Annual administration report of the Civil Veterinary Department of India - 1909-1910
Year: 1909
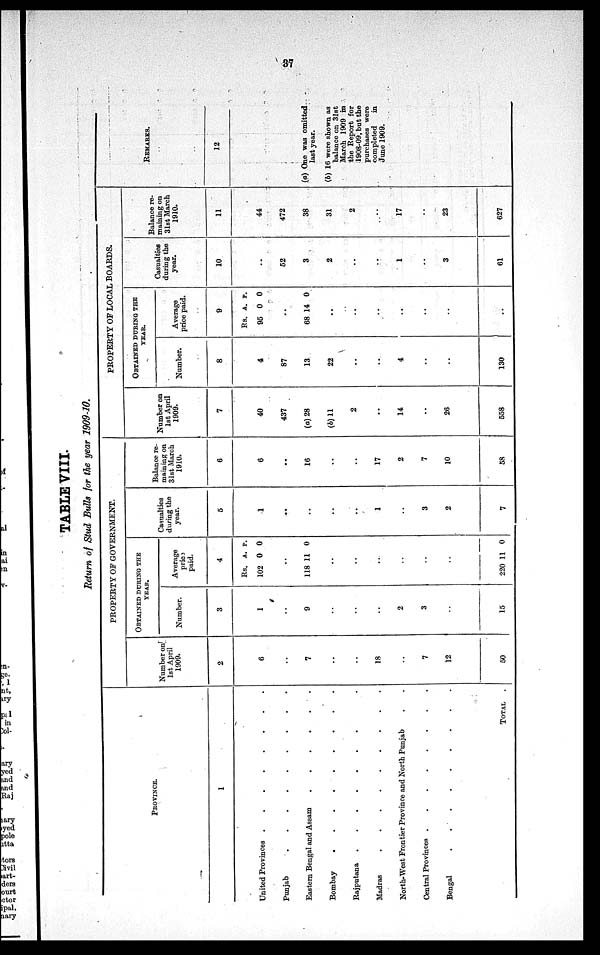
37
TABLE VIII.
Return of Stud Bulls for the year 1909-10.
PROVINCE.
1
United Provinces . . . . . . . .
Punjab . . . . . . . .
Eastern Bengal and Assam
.
.
.
.
.
.
Bombay . . . . . . . .
Rajputana
.
.
.
.
.
.
.
Madras
.
.
.
.
.
.
.
.
.
North-West Frontier Province and North Punjab . .
Central Provinces .
.
.
.
.
.
.
.
Bengal
.
.
.
.
.
.
.
.
.
TOTAL
.
PROPERTY OF GOVERNMENT.
Number on
1st April
1909.
2
6
..
7
..
..
18
..
7
12
50
OBTAINED DURING THE
YEAR.
Number.
3
1
..
9
..
..
..
2
3
..
15
Average
price
paid.
4
Rs.
102
..
118
..
..
..
..
..
220
A.
0
11
11
P.
0
0
0
Casualties
during the
year.
5
1
..
..
..
..
..
3
2
7
Balance re-
maining on
31st March
1910.
6
6
..
16
..
..
17
2
7
10
58
PROPERTY OF LOCAL BOARDS.
Number on
1st April
1909.
7
40
437
(a) 28
(b) 11
2
..
14
..
26
558
OBTAINED DURING THE
YEAR.
Number.
8
4
87
13
22
..
..
4
..
..
130
Average
price paid.
9
Rs.
95
..
68
..
..
..
..
..
..
..
A.
0
14
P.
0
0
Casualties
during the
year.
10
..
52
3
2
..
..
1
..
3
61
Balance re-
maining on
3lst March
1910.
11
44
472
38
31
2
..
17
..
23
627
REMARKS.
12
(a) One was omitted
last year.
(b) 16 were shown as
balance on 31st
March 1909 in
the Report for
1908-09, but the
purchases were
completed
in
June 1909.